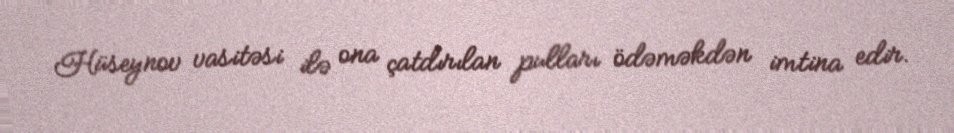
Hüseynov vasitəsi ilə ona çatdırılan pulları ödəməkdən imtina edir.